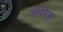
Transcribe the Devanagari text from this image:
लारेह